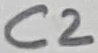
Text: C2